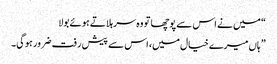
“ میں نے اس سے پوچھا تو وہ سر ہلاتے ہوئے بولا
” ہاں میرے خیال میں، اس سے پیش رفت ضرور ہوگی۔